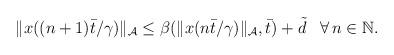
LaTeX: \begin{align*}\begin{aligned}\|x((n+1)\bar{t}/\gamma)\|_{\mathcal{A}} &\le \beta(\|x(n\bar{t}/\gamma)\|_{\mathcal{A}},\bar{t}) + \tilde{d} && \forall \, n\in\mathbb{N}.\end{aligned}\end{align*}